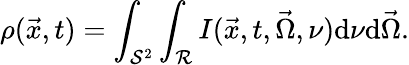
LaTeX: \rho(\vec{x},t)=\int_{\mathcal{S}^{2}}\int_{\mathcal{R}}I(\vec{x},t,\vec{\Omega},\nu)\mathrm{d}\nu\mathrm{d}\vec{\Omega}.